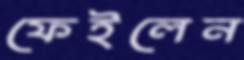
ফেইলেন